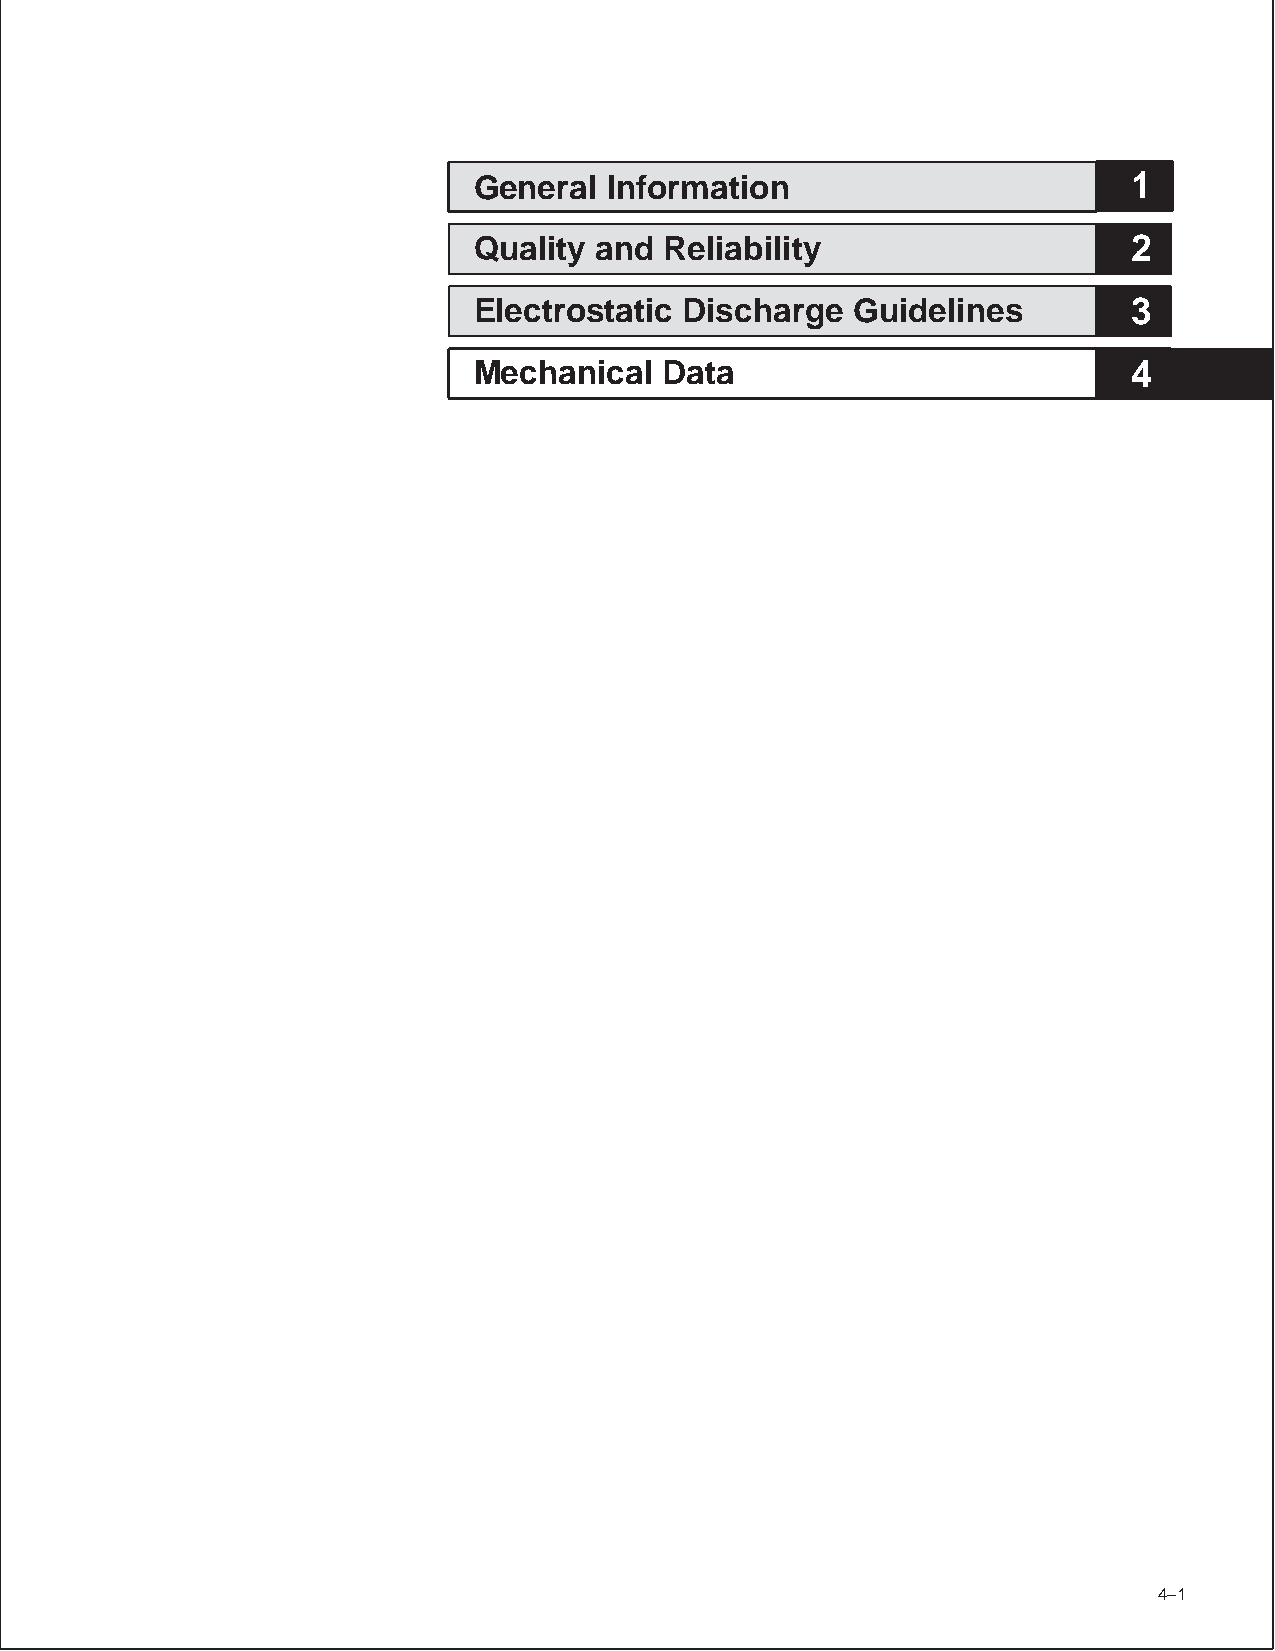
General  Information                        1
 Quality and  Reliability                    2
 Electrostatic Discharge  Guidelines         3
 Mechanical   Data                           4
 POST OFFICE BOX 1443 • HOUSTON, TEXAS 77251–1443 4–1